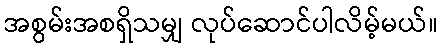
အစွမ်းအစရှိသမျှ လုပ်ဆောင်ပါလိမ့်မယ်။